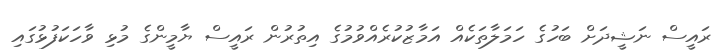
ރައީސް ނަޝީދަށް ބަހުގެ ހަމަލާތަކެއް އަމާޒުކުރެއްވުމުގެ އިތުރުން ރައީސް ޔާމީންގެ މުޅި ވާހަކަފުޅުގައި